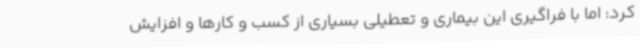
کرد: اما با فراگیری این بیماری و تعطیلی بسیاری از کسب و کارها و افزایش